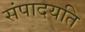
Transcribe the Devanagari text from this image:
संपादयति